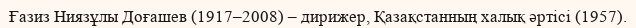
Ғазиз Ниязұлы Доғашев (1917–2008) – дирижер, Қазақстанның халық әртісі (1957).